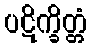
ပဋိက္ခိတ္တံ